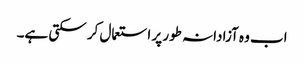
اب وہ آزادانہ طور پر استعمال کر سکتی ہے۔